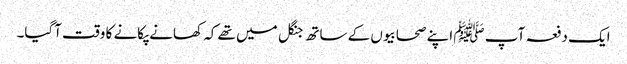
ایک دفعہ آپ ﷺ اپنے صحابیوں کے ساتھ جنگل میں تھے کہ کھانے پکانے کا وقت آگیا۔